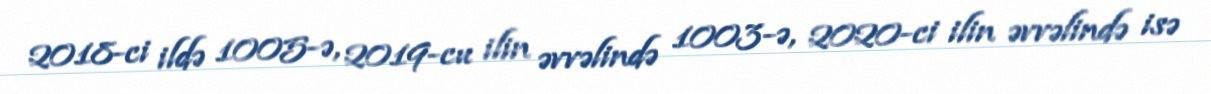
2018-ci ildə 1005-ə, 2019-cu ilin əvvəlində 1003-ə, 2020-ci ilin əvvəlində isə